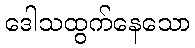
ဒေါသထွက်နေသော